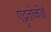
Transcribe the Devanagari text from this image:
एट्टूतोकोई